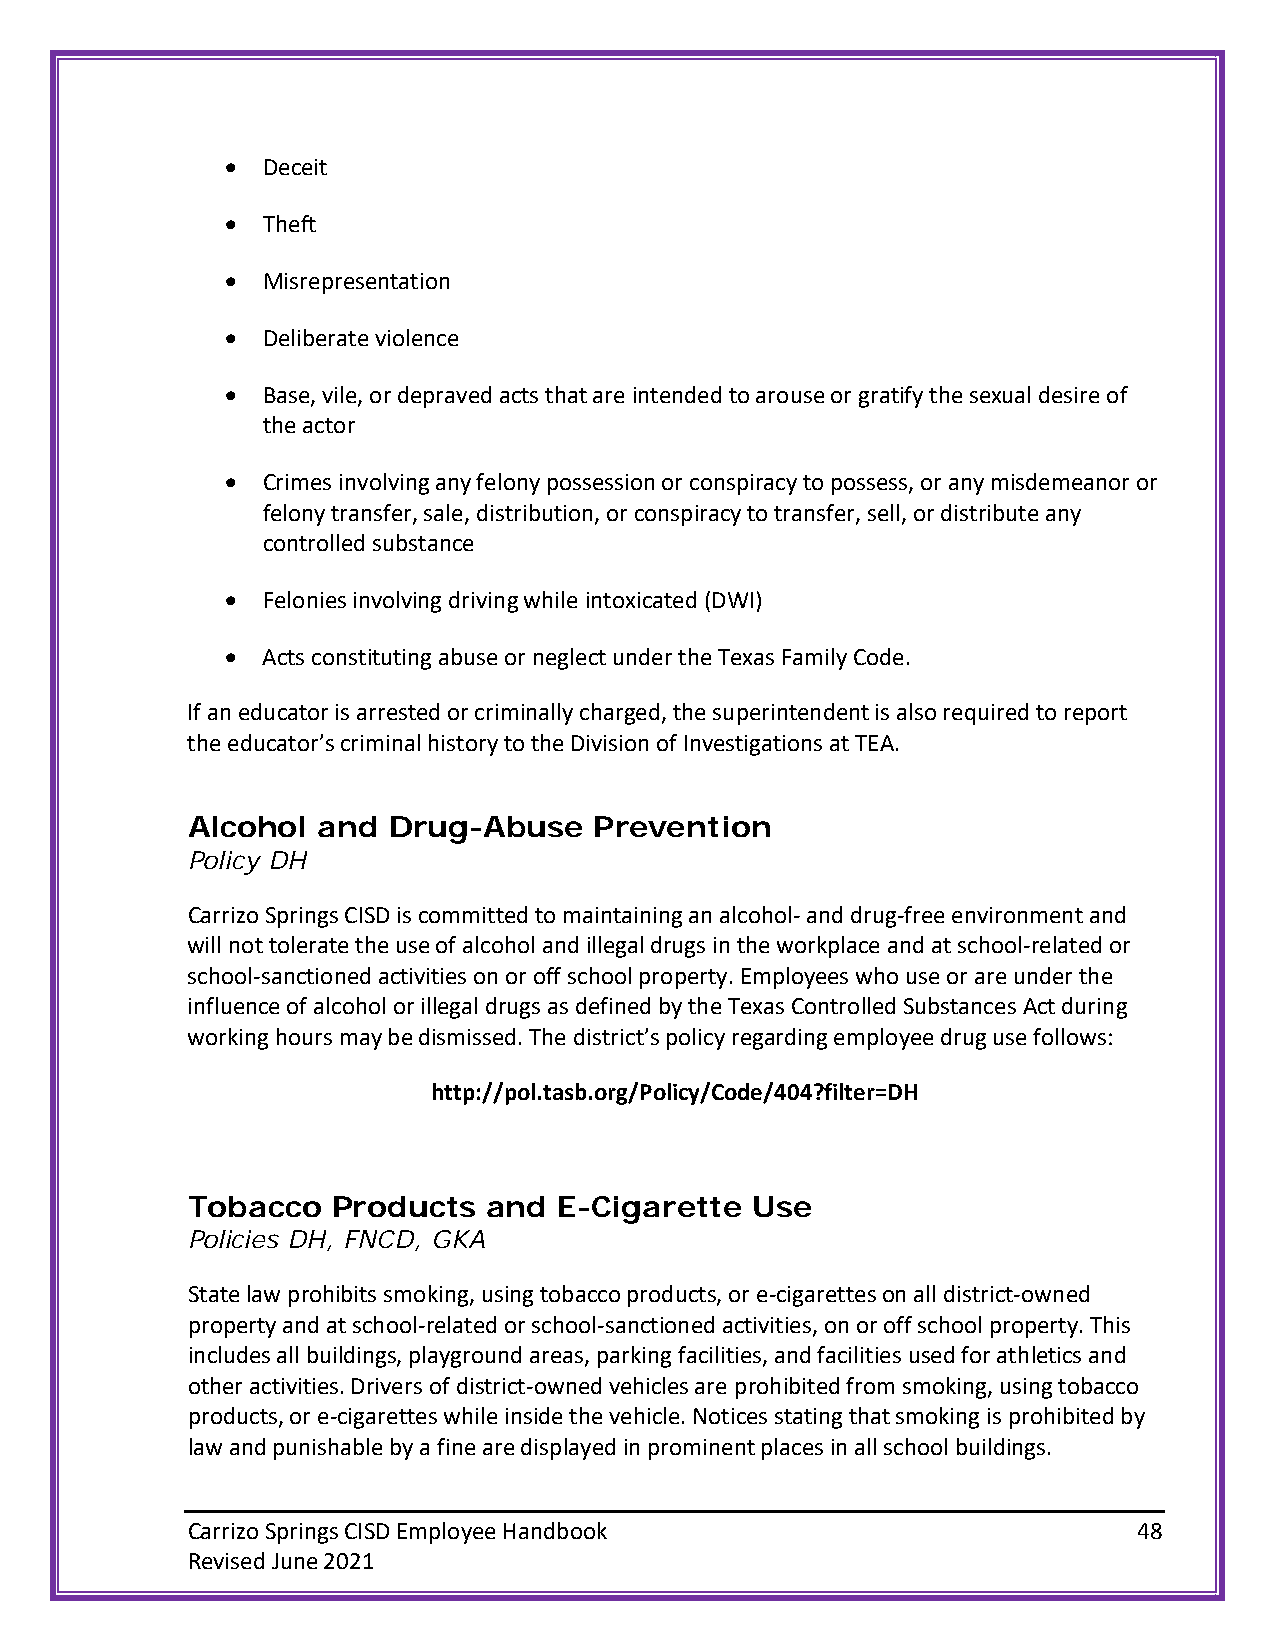
• Deceit
 • Theft
 • Misrepresentation
 • Deliberate violence
 • Base, vile, or depraved acts that are intended to arouse or gratify the sexual desire of
 the actor
 • Crimes involving any felony possession or conspiracy to possess, or any misdemeanor or
 felony transfer, sale, distribution, or conspiracy to transfer, sell, or distribute any
 controlled substance
 • Felonies involving driving while intoxicated (DWI)
 • Acts constituting abuse or neglect under the Texas Family Code.
 If an educator is arrested or criminally charged, the superintendent is also required to report
 the educator’s criminal history to the Division of Investigations at TEA.
 Alcohol  and  Drug-Abuse   Prevention
 Policy DH
 Carrizo Springs CISD is committed to maintaining an alcohol- and drug-free environment and
 will not tolerate the use of alcohol and illegal drugs in the workplace and at school-related or
 school-sanctioned activities on or off school property. Employees who use or are under the
 influence of alcohol or illegal drugs as defined by the Texas Controlled Substances Act during
 working hours may be dismissed. The district’s policy regarding employee drug use follows:
 http://pol.tasb.org/Policy/Code/404?filter=DH
 Tobacco   Products  and  E-Cigarette  Use
 Policies DH, FNCD, GKA
 State law prohibits smoking, using tobacco products, or e-cigarettes on all district-owned
 property and at school-related or school-sanctioned activities, on or off school property. This
 includes all buildings, playground areas, parking facilities, and facilities used for athletics and
 other activities. Drivers of district-owned vehicles are prohibited from smoking, using tobacco
 products, or e-cigarettes while inside the vehicle. Notices stating that smoking is prohibited by
 law and punishable by a fine are displayed in prominent places in all school buildings.
 Carrizo Springs CISD Employee Handbook                         48
 Revised June 2021